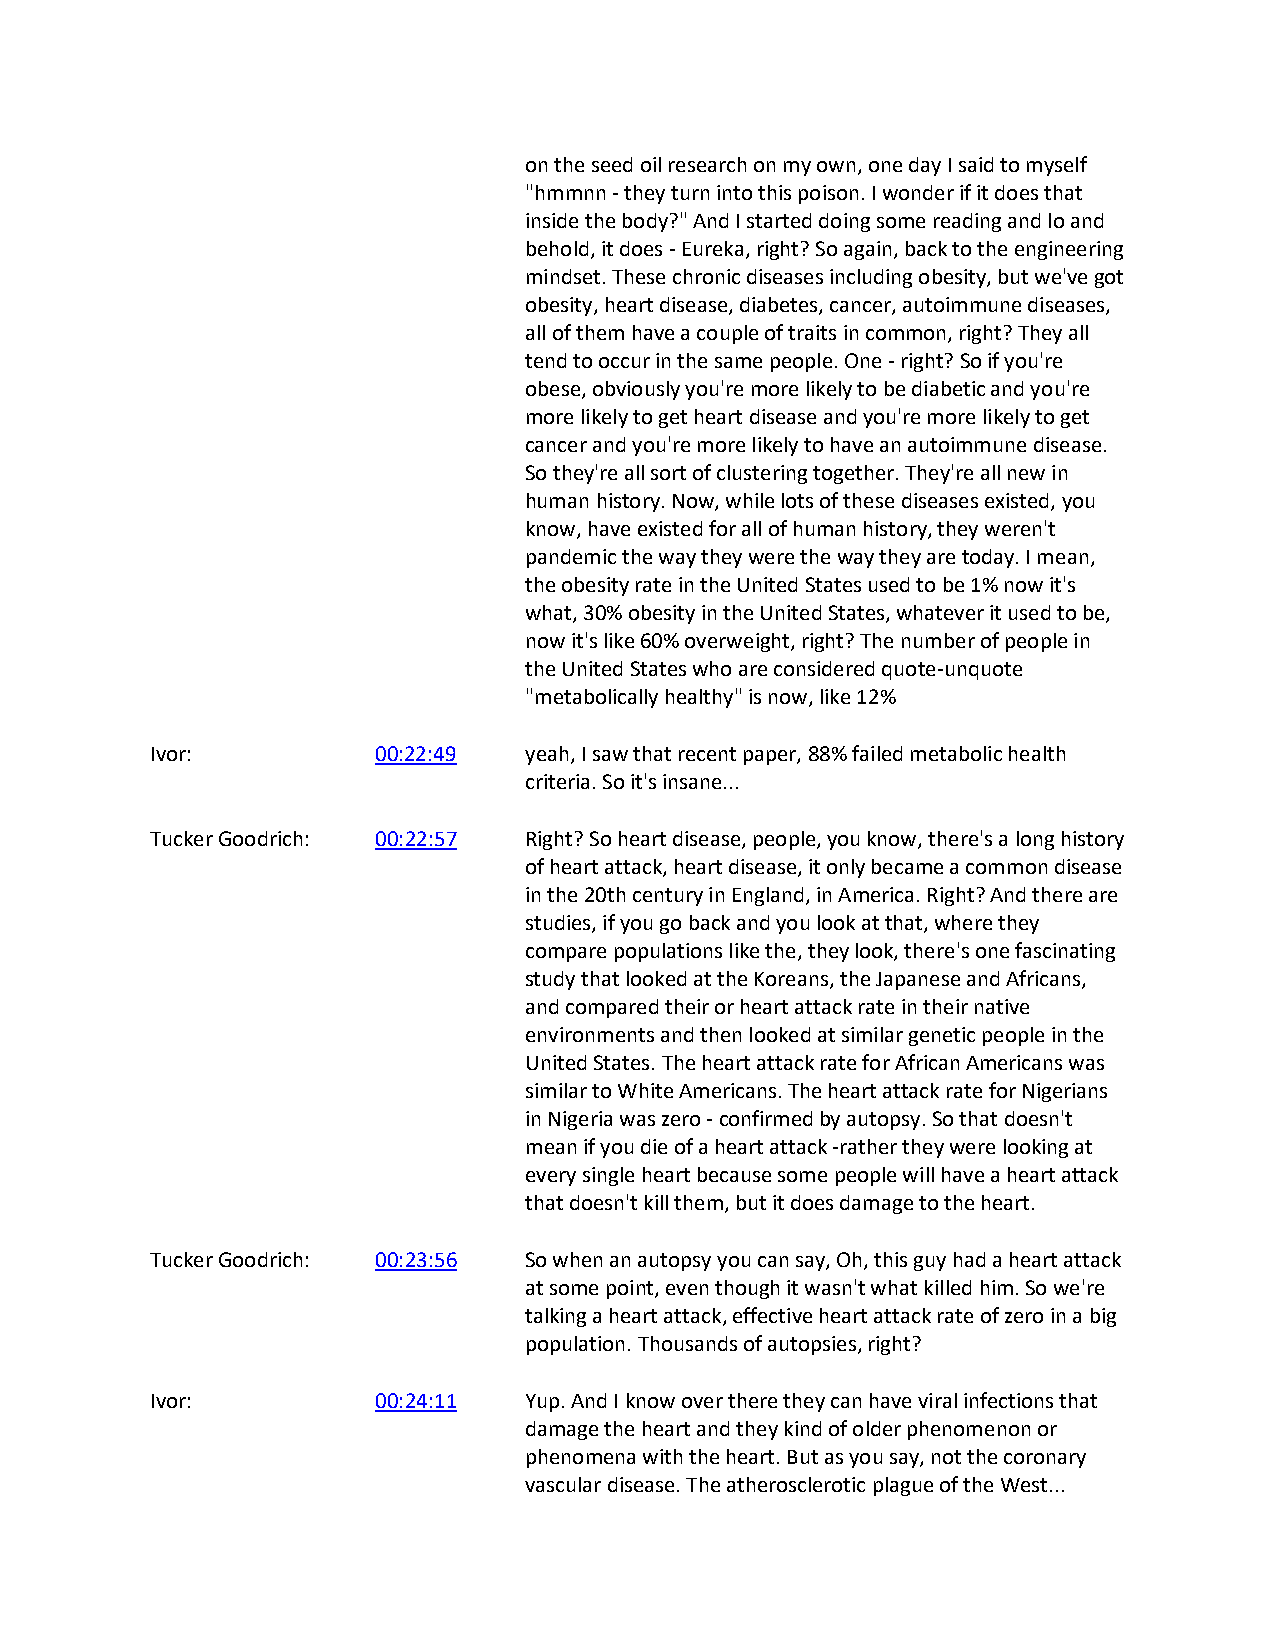
on the seed oil research on my own, one day I said to myself
 "hmmnn - they turn into this poison. I wonder if it does that
 inside the body?" And I started doing some reading and lo and
 behold, it does - Eureka, right? So again, back to the engineering
 mindset. These chronic diseases including obesity, but we've got
 obesity, heart disease, diabetes, cancer, autoimmune diseases,
 all of them have a couple of traits in common, right? They all
 tend to occur in the same people. One - right? So if you're
 obese, obviously you're more likely to be diabetic and you're
 more likely to get heart disease and you're more likely to get
 cancer and you're more likely to have an autoimmune disease.
 So they're all sort of clustering together. They're all new in
 human history. Now, while lots of these diseases existed, you
 know, have existed for all of human history, they weren't
 pandemic the way they were the way they are today. I mean,
 the obesity rate in the United States used to be 1% now it's
 what, 30% obesity in the United States, whatever it used to be,
 now it's like 60% overweight, right? The number of people in
 the United States who are considered quote-unquote
 "metabolically healthy" is now, like 12%
 Ivor:          00:22:49  yeah, I saw that recent paper, 88% failed metabolic health
 criteria. So it's insane...
 Tucker Goodrich: 00:22:57 Right? So heart disease, people, you know, there's a long history
 of heart attack, heart disease, it only became a common disease
 in the 20th century in England, in America. Right? And there are
 studies, if you go back and you look at that, where they
 compare populations like the, they look, there's one fascinating
 study that looked at the Koreans, the Japanese and Africans,
 and compared their or heart attack rate in their native
 environments and then looked at similar genetic people in the
 United States. The heart attack rate for African Americans was
 similar to White Americans. The heart attack rate for Nigerians
 in Nigeria was zero - confirmed by autopsy. So that doesn't
 mean if you die of a heart attack -rather they were looking at
 every single heart because some people will have a heart attack
 that doesn't kill them, but it does damage to the heart.
 Tucker Goodrich: 00:23:56 So when an autopsy you can say, Oh, this guy had a heart attack
 at some point, even though it wasn't what killed him. So we're
 talking a heart attack, effective heart attack rate of zero in a big
 population. Thousands of autopsies, right?
 Ivor:          00:24:11  Yup. And I know over there they can have viral infections that
 damage the heart and they kind of older phenomenon or
 phenomena with the heart. But as you say, not the coronary
 vascular disease. The atherosclerotic plague of the West...